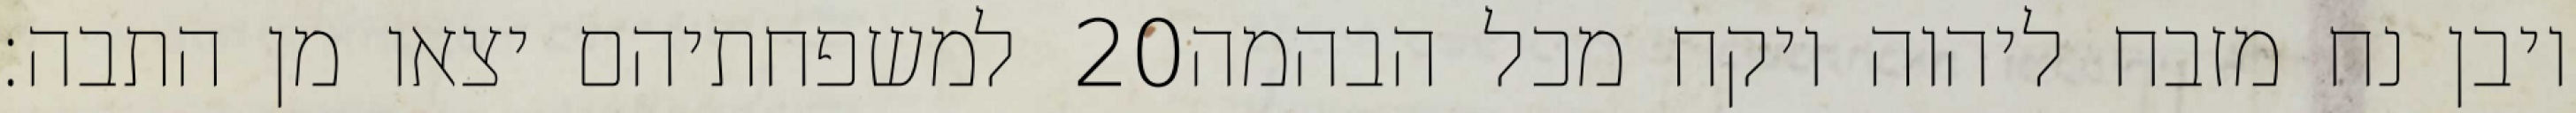
למשפחתיהם יצאו מן התבה׃ ‎20‏ ויבן נח מזבח ליהוה ויקח מכל הבהמה